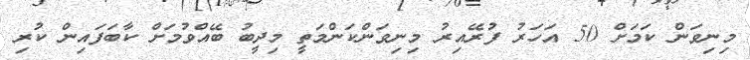
މިނިވަން ކަމަށް 50 އަހަރު ފުރޭއިރު މިނިވަންކަންމަތީ މިދީބު ބޭއްވުމަށް ކާބަފައިން ކުރި